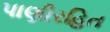
પાણીરહિત